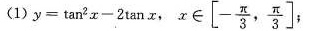
(1)$$y = \tan ^ { 2 } x - 2 \tan x$$，x\in [-\frac{π}{3} , \frac{π}{3}] ；